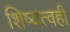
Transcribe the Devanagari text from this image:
शिष्यत्वही